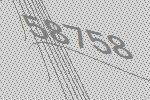
58758